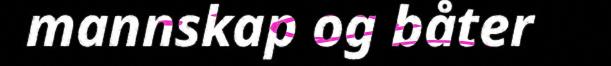
mannskap og båter